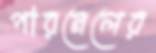
পারনেলের